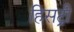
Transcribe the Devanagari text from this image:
हिसट्री